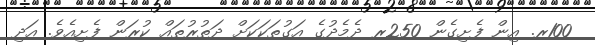
100ރ. އިން ފެށިގެން 250ރ ދެމެދުގެ އަގުތަކަކަށް ދަތުރުތައް ކުރަން ފެށިއެވެ. އަދި